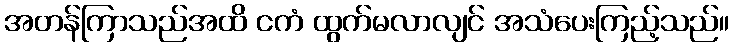
အတန်ကြာသည်အထိ ငကံ ထွက်မလာလျင် အသံပေးကြည့်သည်။